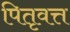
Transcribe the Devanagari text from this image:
पितृवत्त